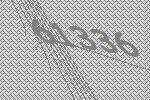
61336